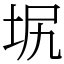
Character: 㘲